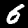
Label: 6